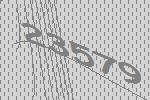
23579